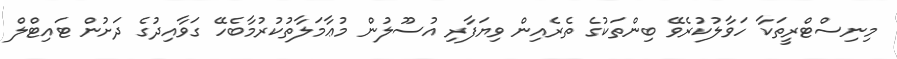
މިނިސްޓްރީތަކާ ހަވާލުކުރެވޭ ބިންތަކުގެ ތެރެއިން ވިޔަފާރި އުސޫލުން މުޢާމަލާތުކުރުމާބެހޭ ގަވާއިދުގެ ދަށުން ޓައިޓްލް